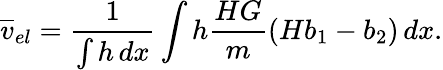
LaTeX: \overline{{v}}_{el}=\frac{1}{\int h\, dx}\int h\frac{HG}{m}(Hb_{1}-b_{2})\, dx.